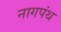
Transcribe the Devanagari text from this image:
नागपंथ